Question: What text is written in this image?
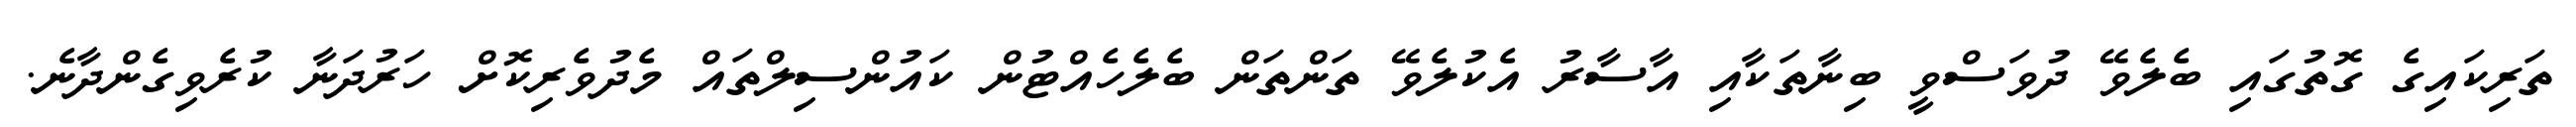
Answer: ތަރިކައިގެ ގޮތުގައި ބެލެވޭ ދުވަސްވީ ބިނާތަކާއި އާސާރު އެކުލެވޭ ތަންތަން ބެލެހެއްޓުން ކައުންސިލްތައް މެދުވެރިކޮށް ހަރުދަނާ ކުރެވިގެންދާނެ.